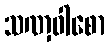
သဏှဝါစော